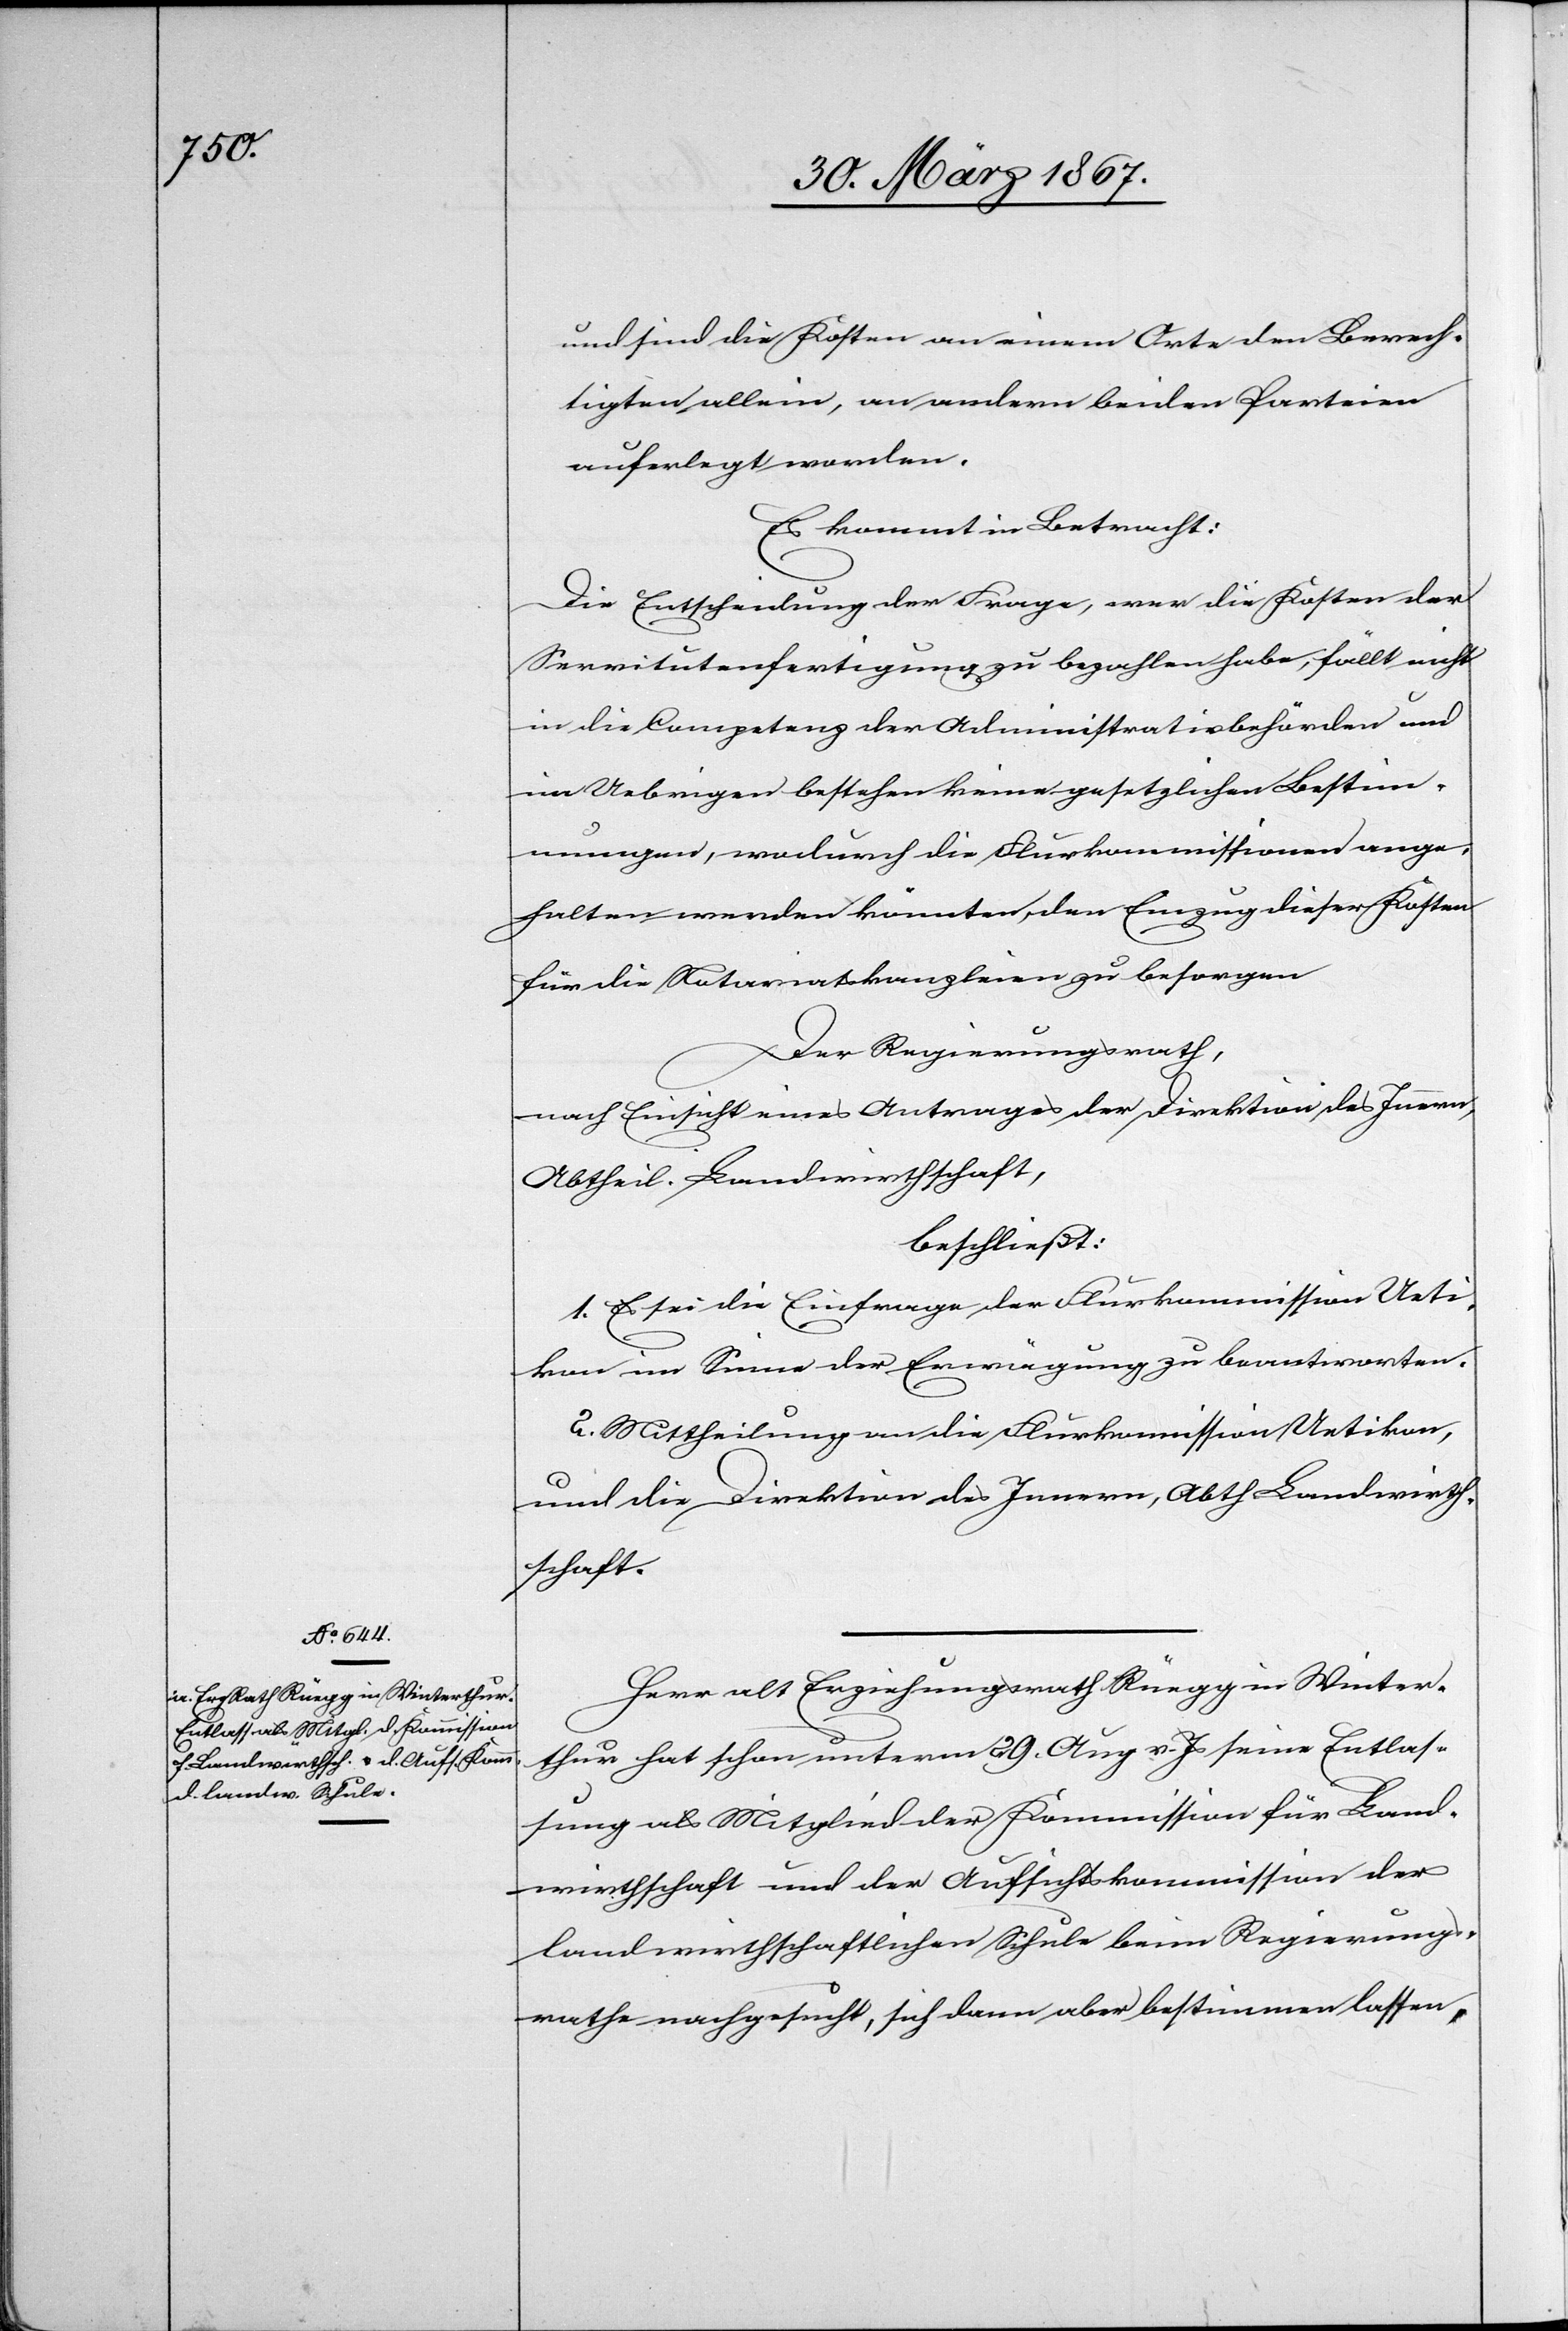
und sind die Kosten an einem Orte den Berech¬
tigten allein, an andern beiden Parteien
auferlegt worden.
Es kommt in Betracht:
Die Entscheidung der Frage, wer die Kosten der
Servitutenfertigung zu bezahlen habe, fällt nicht
in die Competenz der Administrativbehörden und
im Uebrigen bestehen keine gesetzlichen Bestim¬
mungen, wodurch die Flurkommissionen ange¬
halten werden könnten, den Einzug dieser Kosten
für die Notariatskanzleien zu besorgen.
Der Regierungsrath,
nach Einsicht eines Antrages der Direktion des Innern,
Abtheil. Landwirthschaft,
beschließt:
1. Es sei die Einfrage der Flurkommission Ueti¬
kon im Sinne der Erwägung zu beantworten.
2. Mittheilung an die Flurkommission Uetikon,
und die Direktion des Innern, Abth. Landwirth¬
schaft.
Herr alt Erziehungsrath Rüegg in Winter¬
thur hat schon unterm 29. Aug. v. Js seine Entlas¬
sung als Mitglied der Kommission für Land¬
wirthschaft und der Aufsichtskommission der
landwirthschaftlichen Schule beim Regierungs¬
rathe nachgesucht, sich dann aber bestimmen lassen,